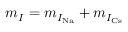
m _ { I } = m _ { I _ { \mathrm { N a } } } + m _ { I _ { \mathrm { C s } } }